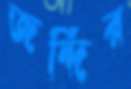
জন্দির